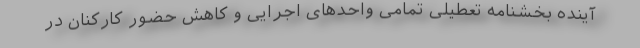
آینده بخشنامه تعطیلی تمامی واحدهای اجرایی و کاهش حضور کارکنان در